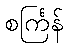
စင်္ကြန်